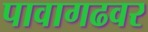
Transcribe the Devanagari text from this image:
पावागढवर